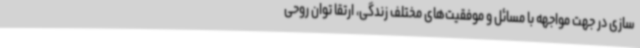
سازی در جهت مواجهه با مسائل و موفقیت‌های مختلف زندگی، ارتقا توان روحی